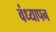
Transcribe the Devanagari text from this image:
वंध्यापन